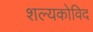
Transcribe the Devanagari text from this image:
शल्यकोविद